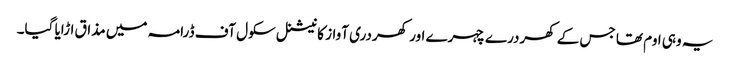
یہ وہی اوم تھا جس کے کھردرے چہرے اور کھردری آواز کا نیشنل سکول آف ڈرامہ میں مذاق اڑایا گیا۔